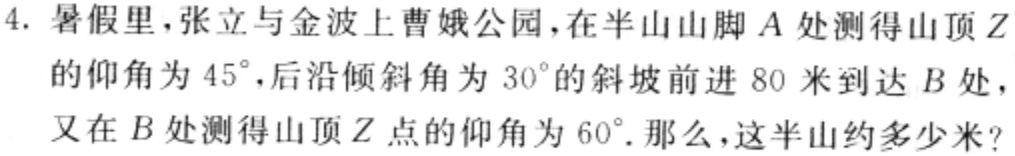
4. 暑假里，张立与金波上曹娥公园，在半山山脚\(A\)处测得山顶\(Z\)的仰角为\(45^{\circ}\)，后沿倾斜角为\(30^{\circ}\)的斜坡前进\(80\)米到达\(B\)处，又在\(B\)处测得山顶\(Z\)点的仰角为\(60^{\circ}\). 那么，这半山约多少米？